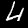
Label: 4